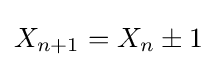
X_{n+1}=X_{n}\pm 1